Vaccination North-Western Provinces and Oudh 1896-1901 - 1896-1901
Year: 1896
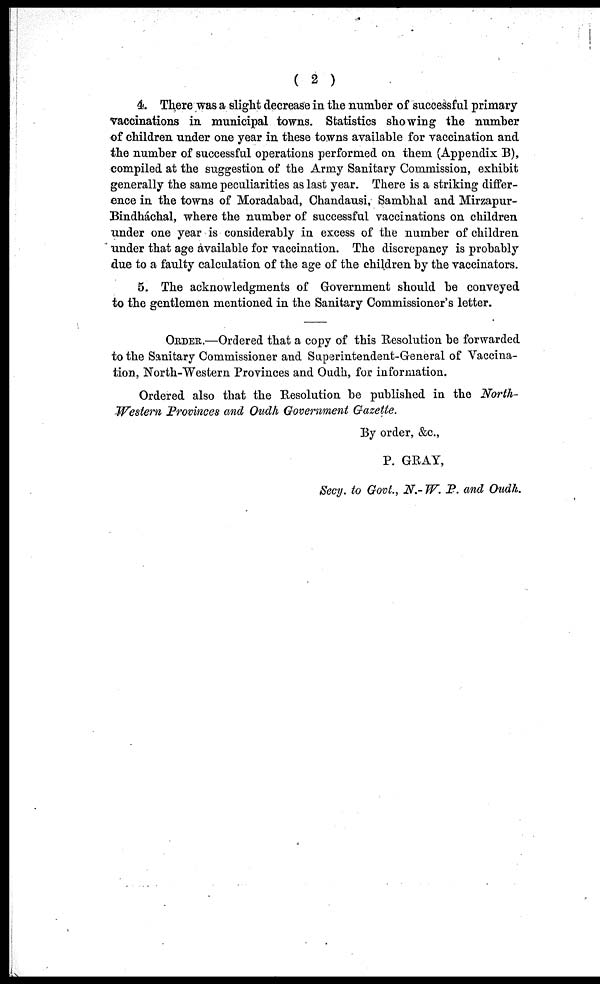
( 2 )
4. There was a slight decrease in the number of successful primary
vaccinations in municipal towns. Statistics showing the number
of children under one year in these towns available for vaccination and
the number of successful operations performed on them (Appendix B),
compiled at the suggestion of the Army Sanitary Commission, exhibit
generally the same peculiarities as last year. There is a striking differ-
ence in the towns of Moradabad, Chandausi, Sambhal and Mirzapur-
Bindháchal, where the number of successful vaccinations on children
under one year is considerably in excess of the number of children
under that age available for vaccination. The discrepancy is probably
due to a faulty calculation of the age of the children by the vaccinators.
5. The acknowledgments of Government should be conveyed
to the gentlemen mentioned in the Sanitary Commissioner's letter.
ORDER.—Ordered that a copy of this Resolution be forwarded
to the Sanitary Commissioner and Superintendent-General of Vaccina-
tion, North-Western Provinces and Oudh, for information.
Ordered also that the Resolution be published in the North-
Western Provinces and Oudh Government Gazette.
By order, &c.,
P. GRAY,
Secy. to Govt., N.- W. P. and Oudh.